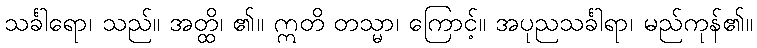
သင်္ခါရော၊ သည်။ အတ္ထိ၊ ၏။ ဣတိ တသ္မာ၊ ကြောင့်။ အပုညသင်္ခါရာ၊ မည်ကုန်၏။